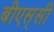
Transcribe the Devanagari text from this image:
बीएस्‌सी